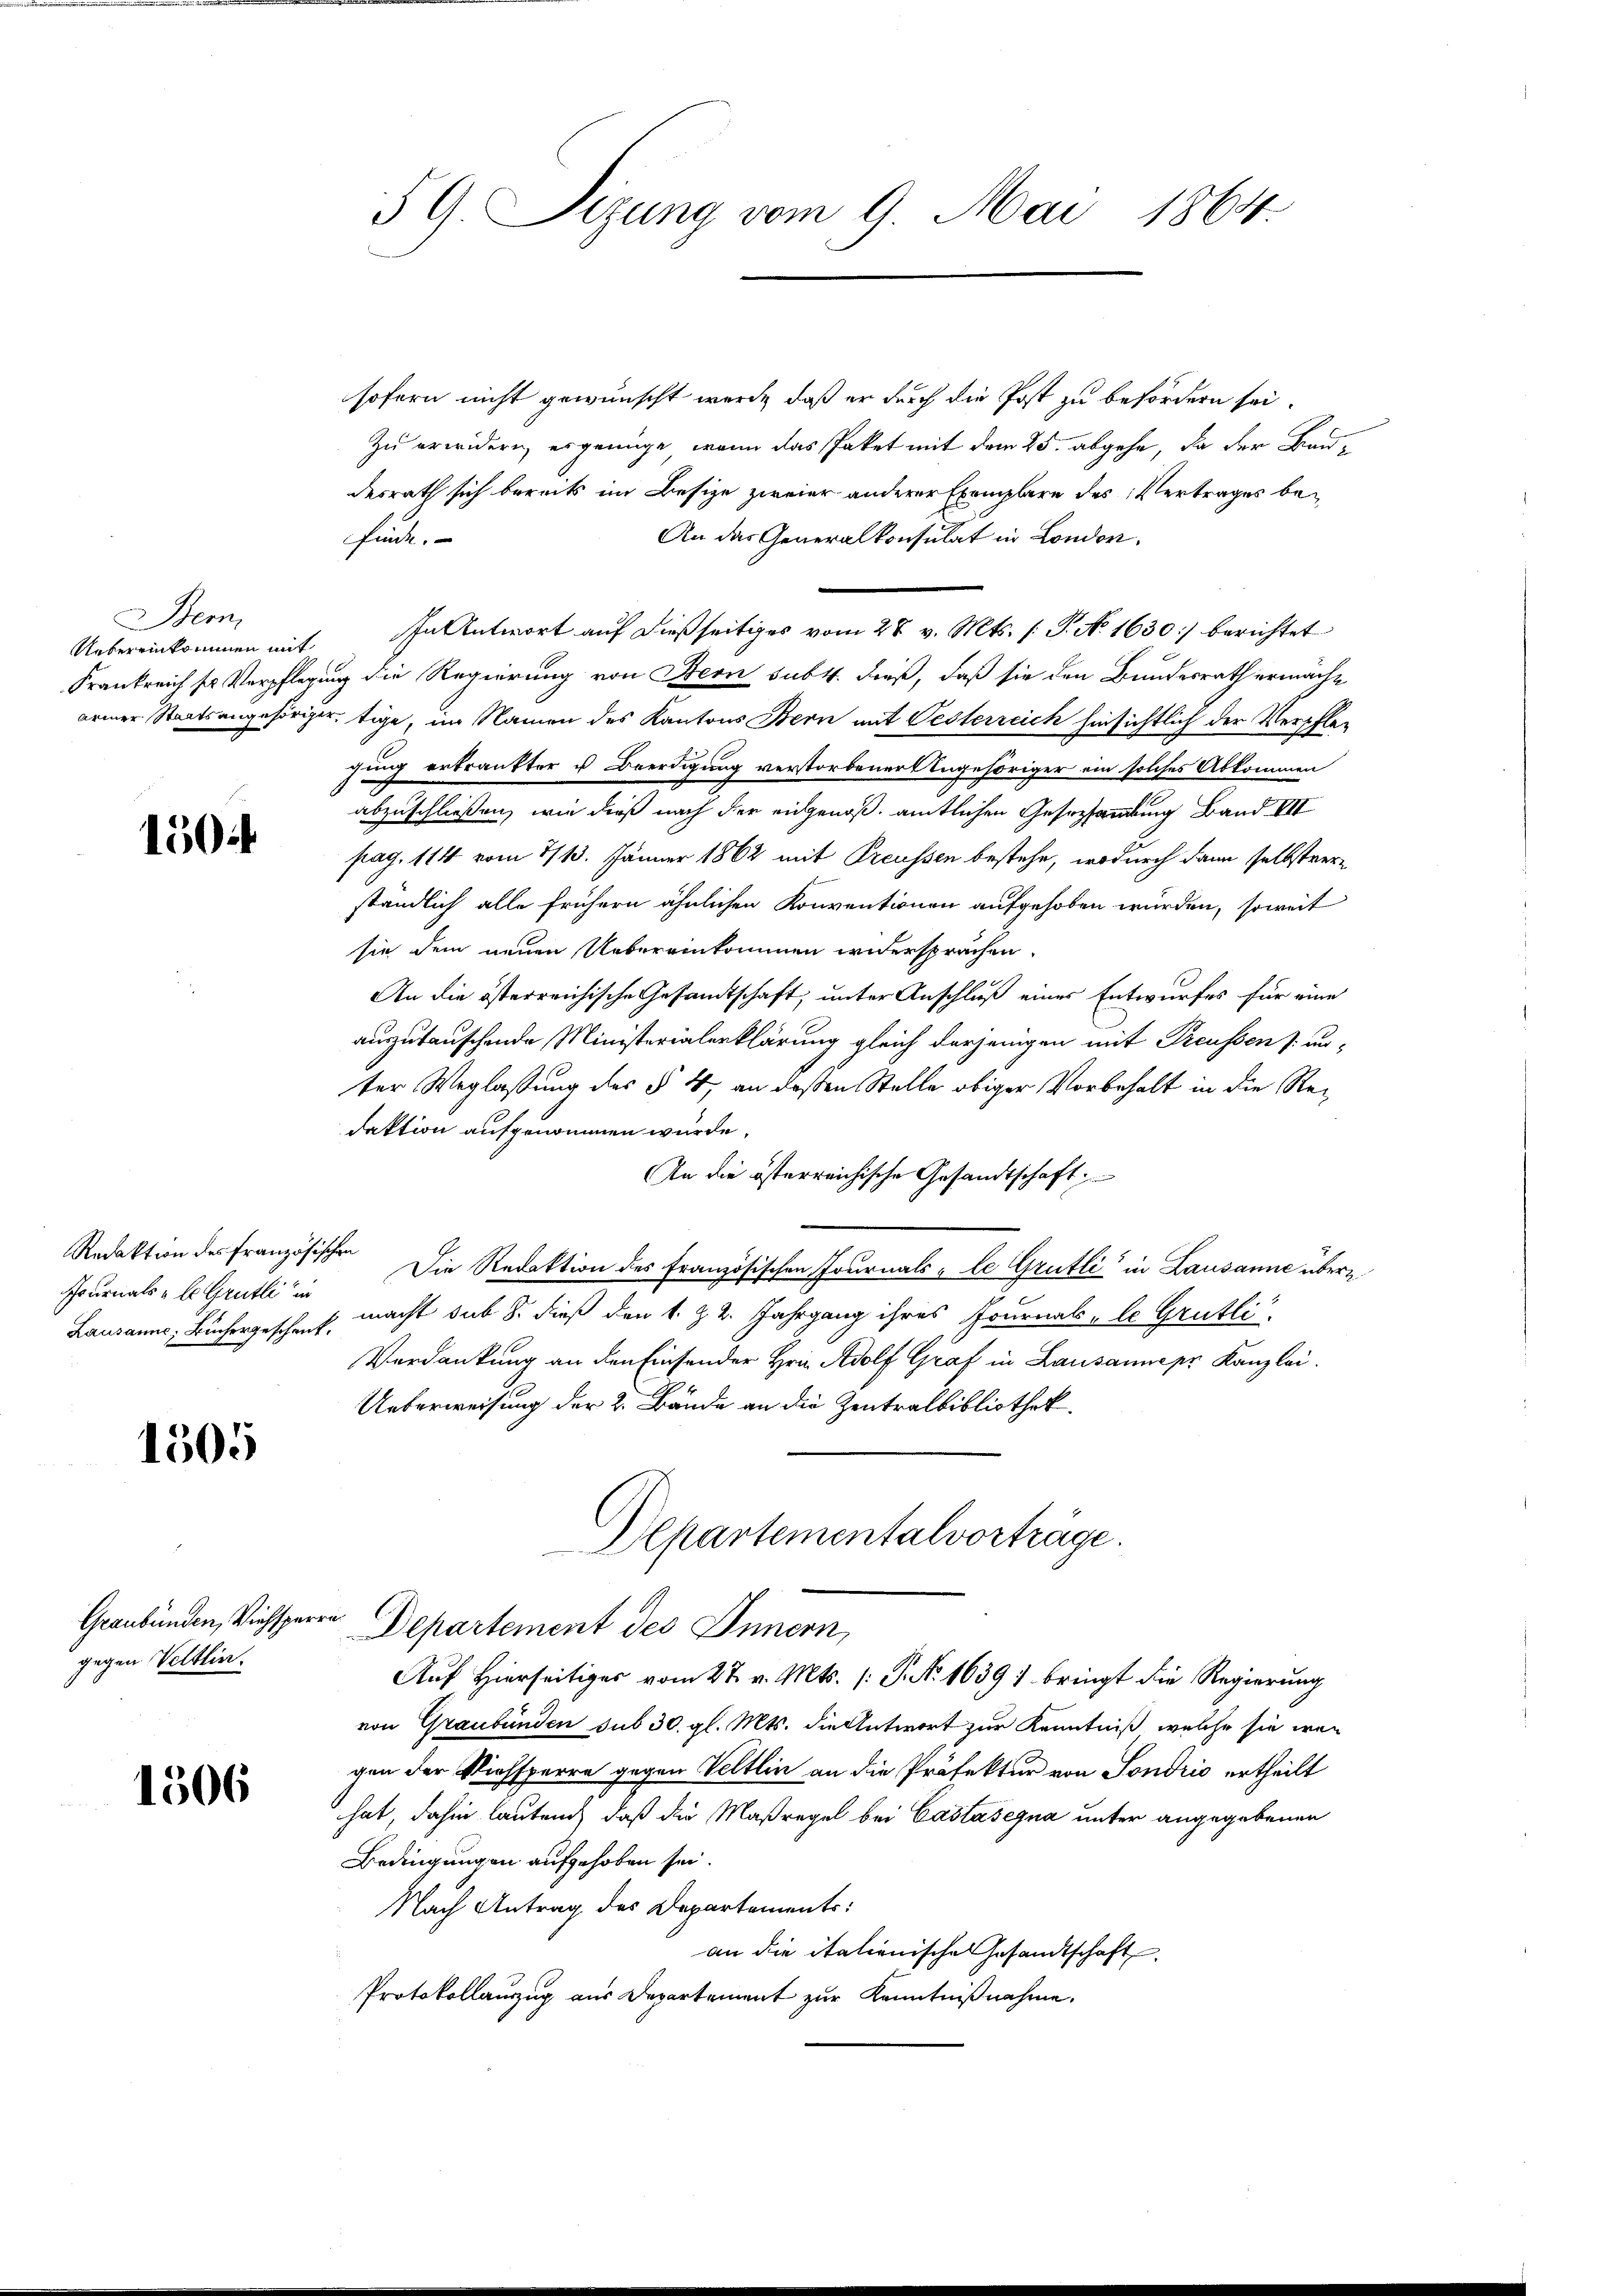
Bem
Uebereinkommen mit

150

Redaktion des französischen
fournals „le Grütli in

1505

gegen Veltlin.

1306

59. Sizung vom 9. Mai 1864.

sofern nicht gewünscht werde, daß er durch die Post zu befördern sei.
Zu erwidern, es genüge, wenn das Paket mit dem 25. abgehe, da der Baudesrath sich bereits im Besize zweier anderer Exemplare des Vertrages befint.
An das Generalkonsulat in London.
In Antwort auf dießseitiges vom 28. v. Mts. (T. No. 1630) berichtet
Frankreich so Verpflegung die Regierung von Stern sub 4. dieß, daß sie den Bundesrath ermächt
armer Staatsangehöriger, tige, im Namen des Kantons Bern mit Oesterreich hinsichtlich der Verpflegung erkränkter u Beerdigung verstorbener Ungehöriger ein solches Abkommen
abzuschließen, wie dieß nach der eidgenoß, amtlichen Gesersammlung Band VII
pag. 114 vom 4/13. Jänner 1862 mit Preussen bestehe, wodurch dann selbstverständlich alle frühern ähnlichen Konventionen aufgehoben würden, soweit
sie dem neuen Uebereinkommen widersprachen.
An die österreichische Gesandtschaft, unter Anschluß einer Entwurfes für eine
auszutauschende Ministerialerklärung gleich derjenigen mit Preussen s. un-
ter Weglassung des § 4, an deßen Stelle obiger Vorbehalt in die Redaktion aufgenommen würde,
An die österreichische Gesandtschaft;
Die Redaktion des französischen Journals, le Grütli in Lausanne über¬
Lausanne, Büchergeschef, macht sub 8. dieß den 1. Z. 2. Jahrgang ihres Fournal - le Grütli
Verdankung an den Einsender Hrn. Adolf Graf in Lausanne pr Kanzlei.
Unterweisung der 2. Bände an die Zentralbibliothek
Departementalvorträge.
Graubünden, Viehsperrn Departement des Innern,
Auf Hierseitiges vom 27. v. Mts. /: P. No. 16397 bringt die Regierung
von Graubünden sub 30. gl. Mts. die Antwort zur Kenntniß, welche sie wen
gen der Viehsperre gegen Veltlin an die Präfektur von Sondrio ertheilt
hat, dahin lautend daß die Maßregel bei Castasegna unter angegebenen
Bedingungen aufgehoben sei.
Nach Antrag des Departements:
an die italienische Gesandtschaft
Protokollauszug aus Departement zur Kenntnißnahme.